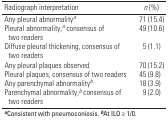
<table><thead><tr><td><b>Radiograph interpretation</b></td><td><b><i>n</i> (%)</b></td></tr></thead><tbody><tr><td>Any pleural abnormality<i>a</i></td><td>71 (15.4)</td></tr><tr><td>Pleural abnormality,<i>a</i> consensus of two readers</td><td>49 (10.6)</td></tr><tr><td>Diffuse pleural thickening, consensus of two readers</td><td>5 (1.1)</td></tr><tr><td>Any pleural plaques observed</td><td>70 (15.2)</td></tr><tr><td>Pleural plaques, consensus of two readers</td><td>45 (9.8)</td></tr><tr><td>Any parenchymal abnormality<i>b</i></td><td>18 (3.9)</td></tr><tr><td>Parenchymal abnormality,<i>b</i> consensus of two readers</td><td>9 (2.0)</td></tr><tr><td colspan="2"><b>a</b>Consistent with pneumoconiosis. <b>b</b>At ILO ≥1/0.</td></tr></tbody></table>